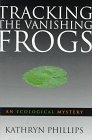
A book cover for Tracking the Vanishing Frogs: An Ecological Mystery; Kathryn Phillips; Sports & Outdoors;